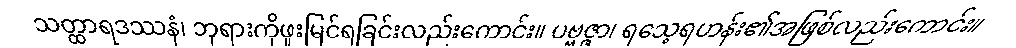
သတ္ထာရဒဿနံ၊ ဘုရားကိုဖူးမြင်ရခြင်းလည်းကောင်း။ ပဗ္ဗဇ္ဇာ၊ ရသေ့ရဟန်း၏အဖြစ်လည်းကောင်း။